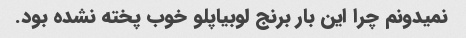
نمیدونم چرا این بار برنج لوبیاپلو خوب پخته نشده بود.